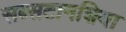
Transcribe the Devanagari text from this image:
सब्सटानशिया